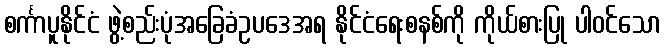
စင်္ကာပူနိုင်ငံ ဖွဲ့စည်းပုံအခြေခံဥပဒေအရ နိုင်ငံရေးစနစ်ကို ကိုယ်စားပြု ပါဝင်သော